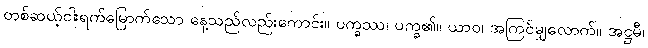
တစ်ဆယ့်ငါးရက်မြောက်သော နေ့သည်လည်းကောင်း။ ပက္ခဿ၊ ပက္ခ၏။ ယာဝ၊ အကြင်မျှလောက်။ အဋ္ဌမီ၊